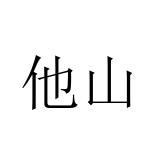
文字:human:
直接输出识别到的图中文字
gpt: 他山